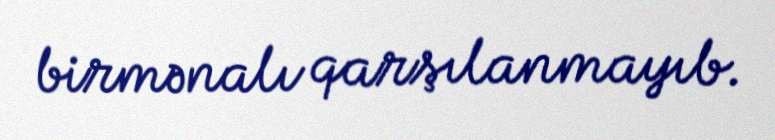
birmənalı qarşılanmayıb.